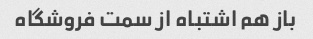
باز هم اشتباه از سمت فروشگاه